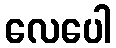
လေပေါ